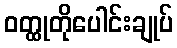
ဝတ္ထုတိုပေါင်းချုပ်